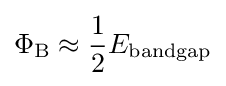
\Phi _{\rm {B}}\approx {\frac {1}{2}}E_{\rm {bandgap}}